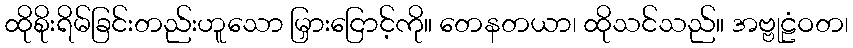
ထိုစိုးရိမ်ခြင်းတည်းဟူသော မြှားငြောင့်ကို။ တေနတယာ၊ ထိုသင်သည်။ အဗ္ဗုဠံဝတ၊